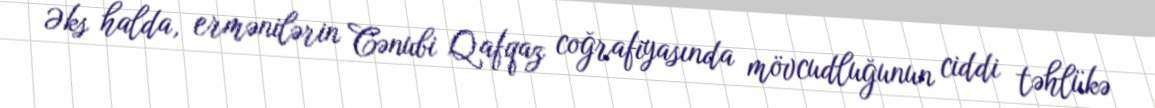
Əks halda, ermənilərin Cənubi Qafqaz coğrafiyasında mövcudluğunun ciddi təhlükə